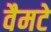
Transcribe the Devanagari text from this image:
वैमटे